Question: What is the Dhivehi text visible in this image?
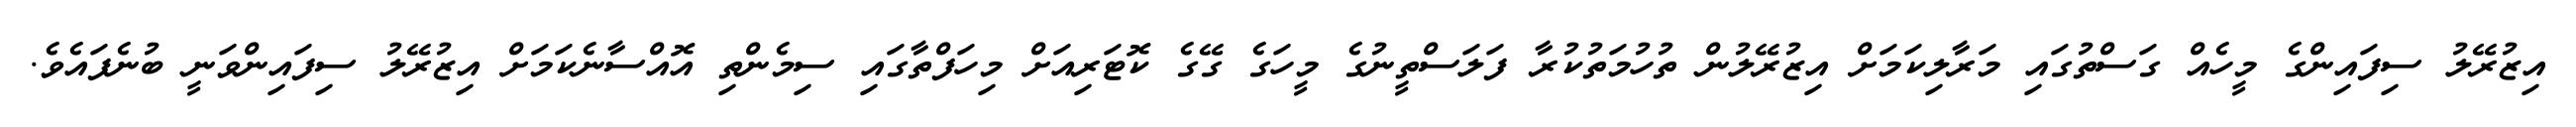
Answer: އިޒުރޭލު ސިފައިންގެ މީހެއް ގަސްތުގައި މަރާލިކަމަށް އިޒުރޭލުން ތުހުމަތުކުރާ ފަލަސްތީނުގެ މީހަގެ ގޭގެ ކޮޓަރިއަށް މިހަފްތާގައި ސިމެންތި އޮއްސާނެކަމަށް އިޒުރޭލު ސިފައިންވަނީ ބުނެފައެވެ.